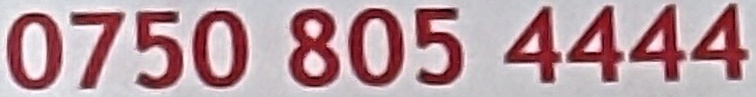
0750 805 4444